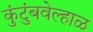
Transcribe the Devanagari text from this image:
कुंटुंबवेल्हाळ